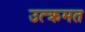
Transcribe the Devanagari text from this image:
उत्क्रमत